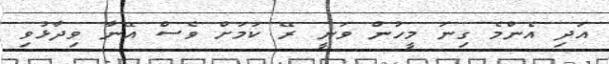
އަދި އެންމެ ގިނަ މީހުން ވަނީ ރޭ ކަމަށް ވެސް އޭނާ ވިދާޅުވި